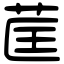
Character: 䒰